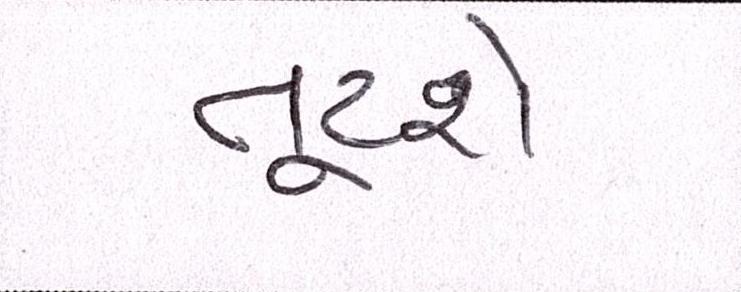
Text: તૂટશે